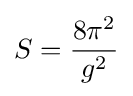
S={\frac {8\pi ^{2}}{g^{2}}}